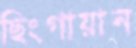
ছিংগায়ান